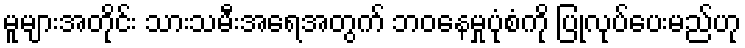
မူများအတိုင်း သားသမီးအရေအတွက် ဘဝနေမှုပုံစံကို ပြုလုပ်ပေးမည်ဟု